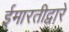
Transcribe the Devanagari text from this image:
ईमारतीद्वारे